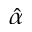
\hat { \alpha }